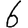
Digit: 6